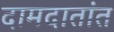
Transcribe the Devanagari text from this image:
दामदातांत